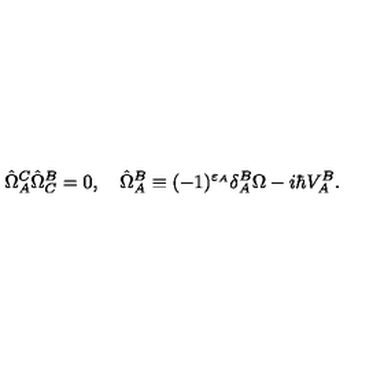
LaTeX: \hat { \Omega } _ { A } ^ { C } \hat { \Omega } _ { C } ^ { B } = 0 , \quad \hat { \Omega } _ { A } ^ { B } \equiv ( - 1 ) ^ { \varepsilon _ { A } } \delta _ { A } ^ { B } \Omega - i \hbar V _ { A } ^ { B } .